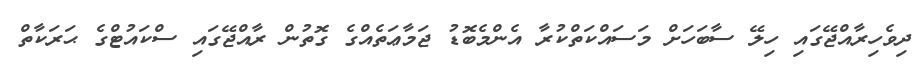
ދިވެހިރާއްޖޭގައި ހިލޭ ސާބަހަށް މަސައްކަތްކުރާ އެންމެބޮޑު ޖަމާޢަތެއްގެ ގޮތުން ރާއްޖޭގައި ސްކައުޓްގެ ޙަރަކާތް